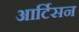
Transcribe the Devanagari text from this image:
आर्टिसन